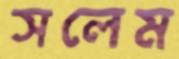
সলেম